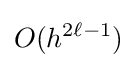
O(h^{2\ell -1})